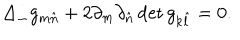
\Delta _ { \perp } g _ { m \hat { n } } + 2 \partial _ { m } \partial _ { \hat { n } } \det g _ { k \hat { l } } = 0 .